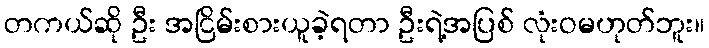
တကယ်ဆို ဦး အငြိမ်းစားယူခဲ့ရတာ ဦးရဲ့အပြစ် လုံးဝမဟုတ်ဘူး။